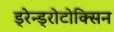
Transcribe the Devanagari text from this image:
ड्रेन्ड्रोटोक्सिन